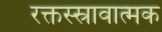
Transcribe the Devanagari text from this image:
रक्तस्स्रावात्मक